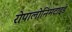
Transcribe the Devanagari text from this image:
रोपालोनिमटाइडे